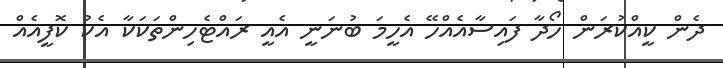
ދެން ކީއްކުރަން ހޯދާ ފައިސާއެއްހޭ އެހީމަ ބުނަނީ އެއީ ރައްޓެހިންތަކަކާ އެކު ކޮފީއެއް